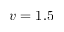
v = 1 . 5